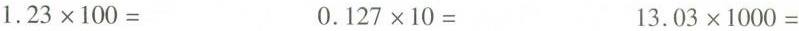
$$1 . 2 3 \times 1 0 0 =$$ $$0 . 1 2 7 \times 1 0 =$$ $$1 3 . 0 3 \times 1 0 0 0 =$$